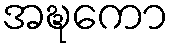
အဍ္ဎကော